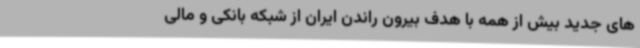
های جدید بیش از همه با هدف بیرون راندن ایران از شبکه بانکی و مالی